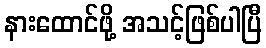
နားထောင်ဖို့ အသင့်ဖြစ်ပါပြီ